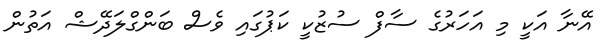
އޭނާ އަކީ މި އަހަރުގެ ސާފް ސުޒުކީ ކަޕުގައި ވެސް ބަންގްލަދޭޝް އަތުން